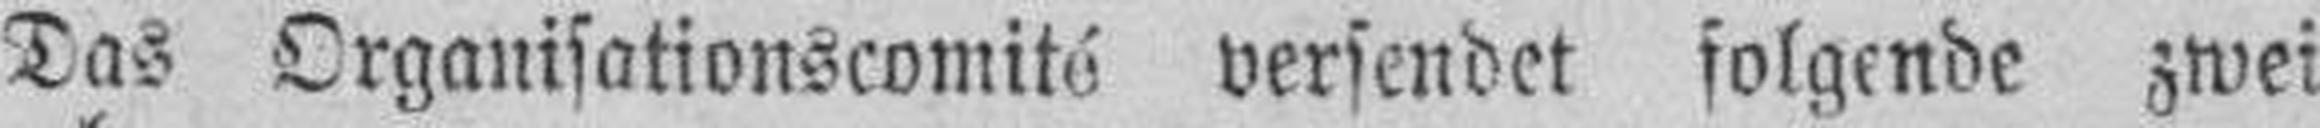
Das Organisationscomité versendet folgende zwei